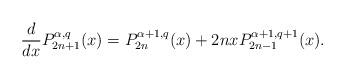
LaTeX: \begin{align*}\frac{d}{dx}P_{2n+1}^{\alpha,q}(x)=P_{2n}^{\alpha+1,q}(x)+2nxP_{2n-1}^{\alpha+1,q+1}(x).\end{align*}